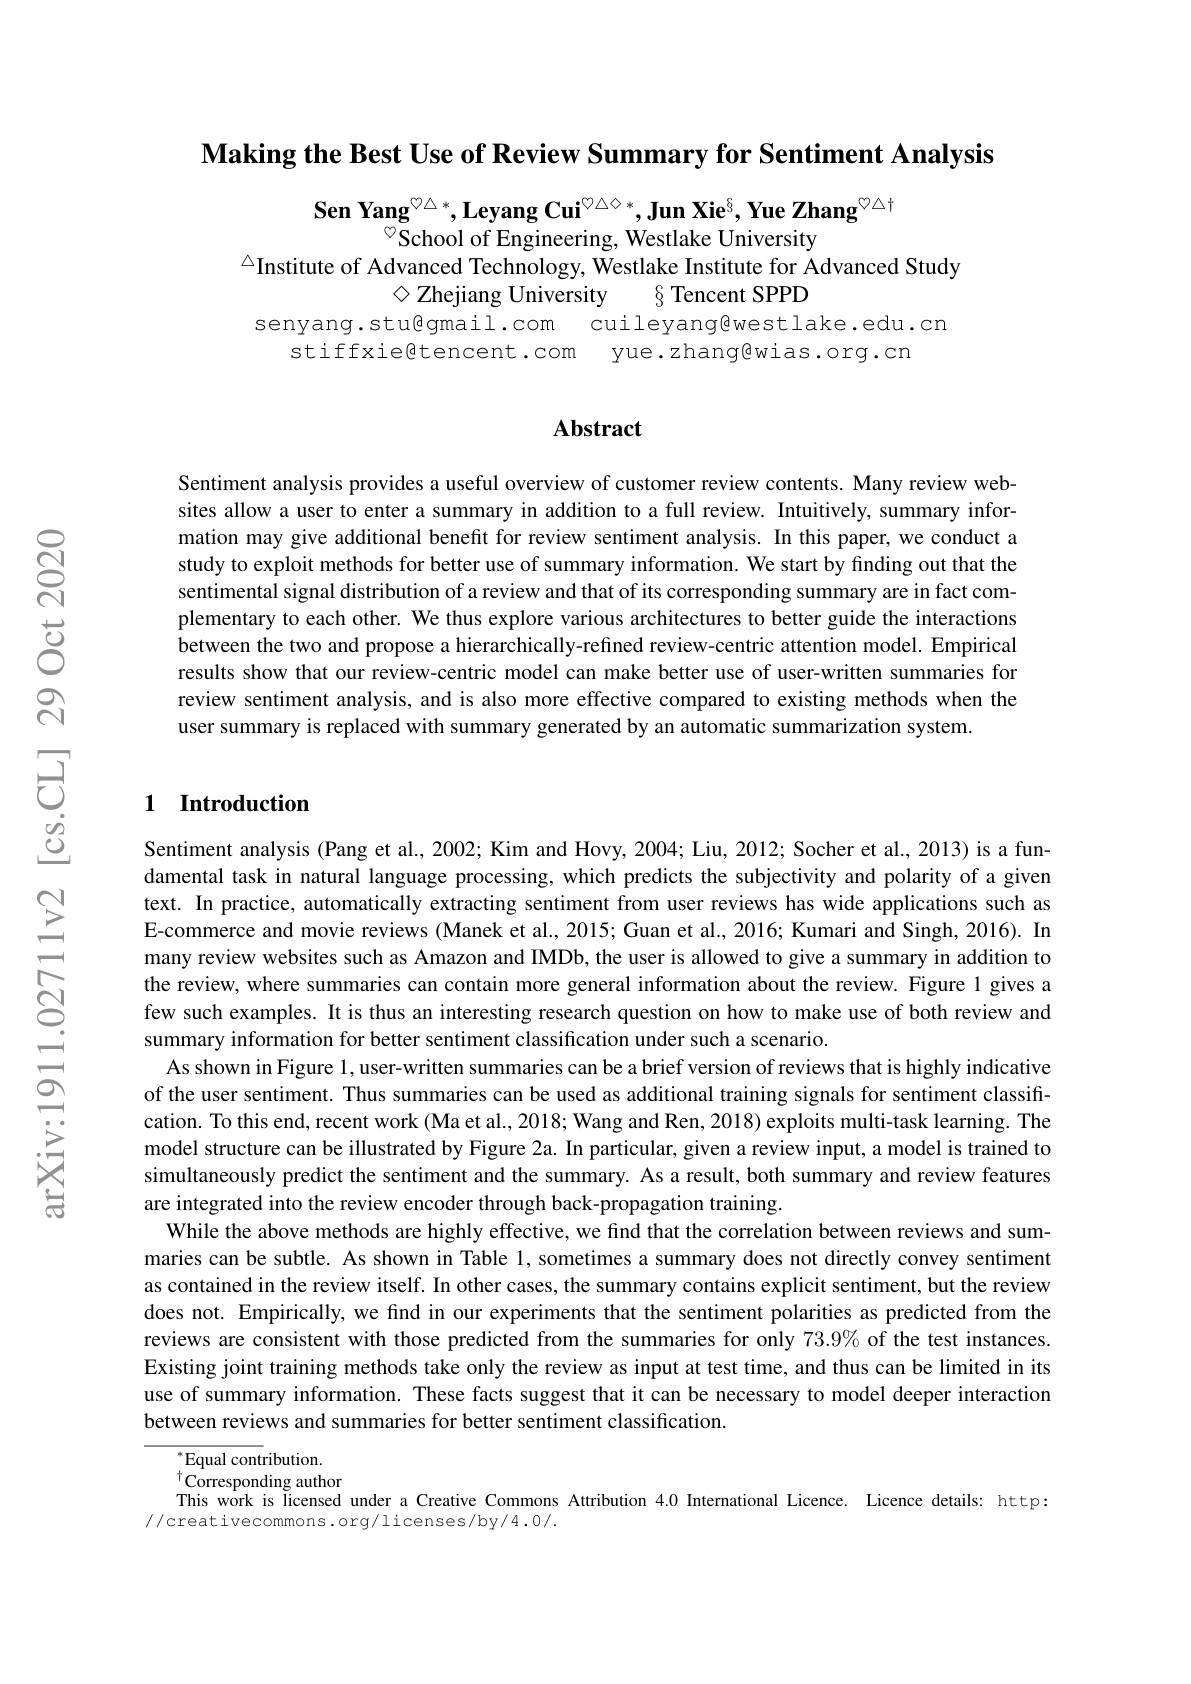
Making the Best Use of Review Summary for Sentiment Analysis

$\textbf{Sen Yang}^{\heartsuit\triangle*},\textbf{Leyang Cui}^{\heartsuit\triangle\Diamond*},\textbf{Jun Xie}^{\S},\textbf{Yue Zhang}^{\heartsuit\triangle\dagger}$
$^{\textcircled{\circ}}$School of Engineering, Westlake University
$^{\triangle}$Institute of Advanced Technology, Westlake Institute for Advanced Study
$\diamond$ Zhejiang University § Tencent SPPD
senyang.stu@gmail.com cuileyang@westlake.edu.cn

stiffxießtencent.com yue.zhang@wias.org.cn

### Abstract

Sentiment analysis provides a useful overview of customer review contents. Many review websites allow a user to enter a summary in addition to a full review. Intuitively, summary information may give additional benefit for review sentiment analysis. In this paper, we conduct a study to exploit methods for better use of summary information. We start by finding out that the sentimental signal distribution of a review and that of its corresponding summary are in fact complementary to each other. We thus explore various architectures to better guide the interactions between the two and propose a hierarchically-refined review-centric attention model. Empirical results show that our review-centric model can make better use of user-written summaries for review sentiment analysis, and is also more effective compared to existing methods when the user summary is replaced with summary generated by an automatic summarization system.

## 1 Introduction

Sentiment analysis (Pang et al., 2002; Kim and Hovy, 2004; Liu, 2012; Socher et al., 2013) is a fundamental task in natural language processing, which predicts the subjectivity and polarity of a given text. In practice, automatically extracting sentiment from user reviews has wide applications such as E-commerce and movie reviews (Manek et al., 2015; Guan et al., 2016; Kumari and Singh, 2016). In many review websites such as Amazon and IMDb, the user is allowed to give a summary in addition to the review, where summaries can contain more general information about the review. Figure l gives a few such examples. It is thus an interesting research question on how to make use of both review and summary information for better sentiment classification under such a scenario.
As shown in Figure 1, user-written summaries can be a brief version of reviews that is highly indicative of the user sentiment. Thus summaries can be used as additional training signals for sentiment classification. To this end, recent work (Ma et al., 2018; Wang and Ren, 2018) exploits multi-task learning. The model structure can be illustrated by Figure 2a. In particular, given a review input, a model is trained to simultaneously predict the sentiment and the summary. As a result, both summary and review features are integrated into the review encoder through back-propagation training.
While the above methods are highly effective, we find that the correlation between reviews and summaries can be subtle. As shown in Table 1, sometimes a summary does not directly convey sentiment as contained in the review itself. In other cases, the summary contains explicit sentiment, but the review does not. Empirically, we fınd in our experiments that the sentiment polarities as predicted from the reviews are consistent with those predicted from the summaries for only 73.9% of the test instances. Existing joint training methods take only the review as input at test time, and thus can be limited in its use of summary information. These facts suggest that it can be necessary to model deeper interaction between reviews and summaries for better sentiment classification.

$^*$Equal contribution. $^{\dagger}$Corresponding author This work is licensed under a Creative Commons Attribution 4.0 International Licence. Licence details: http:
//creativecommons.org/licenses/by/4.0/